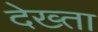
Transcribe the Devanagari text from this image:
देख्ता